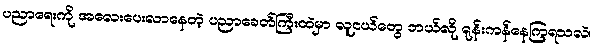
ပညာရေးကို အလေးပေးလာနေတဲ့ ပညာခေတ်ကြီးထဲမှာ လူငယ်တွေ ဘယ်လို ရုန်းကန်နေကြရသလဲ၊